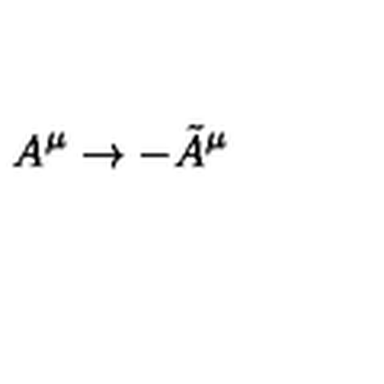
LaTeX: A ^ { \mu } \rightarrow - \tilde { A } ^ { \mu }